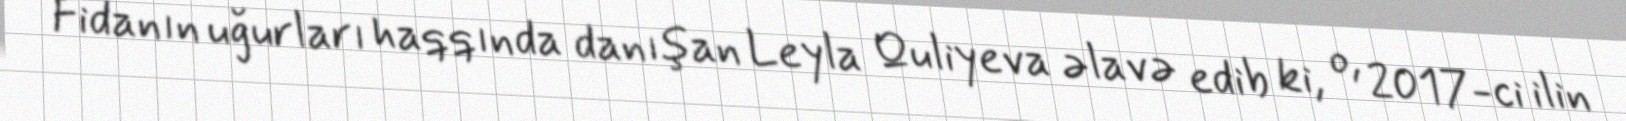
Fidanın uğurları haqqında danışan Leyla Quliyeva əlavə edib ki, o, 2017-ci ilin